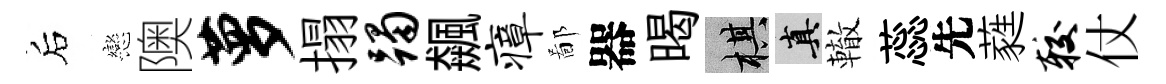
后戀隩萝搨躅飆瘴鄙器暍棋真轍蕊先蕤较仗